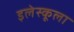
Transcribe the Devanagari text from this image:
इलेस्कूला